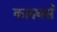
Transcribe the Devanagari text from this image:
कारुथर्स